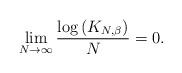
LaTeX: \begin{align*} \lim_{N \to \infty} \frac{\log \left( K_{N, \beta} \right)}{N} = 0.\end{align*}